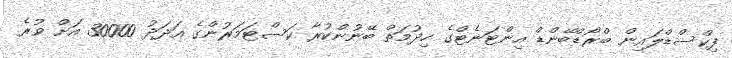
ފިކްސްޑްލައިން ބްރޯޑްބޭންޑް އިންޓަނެޓްގެ ހިދުމަތް ބޭނުންކުރާ ކަސްޓަމަރުންގެ އަދަދު 30000 އަށް ވުރެ